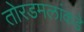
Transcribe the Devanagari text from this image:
तोरडमलांकडे